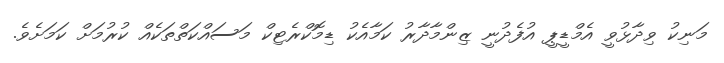
މަނިކު ވިދާޅުވީ އެމްޑީޕީ އުފެދުނީ ޒިންމާދާރު ކަމާއެކު ޑިމޮކްރެޓިކް މަސައްކަތްތަކެެއް ކުރުމަށް ކަމަށެވެ.